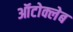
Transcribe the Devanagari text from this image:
ऑटोक्लेब